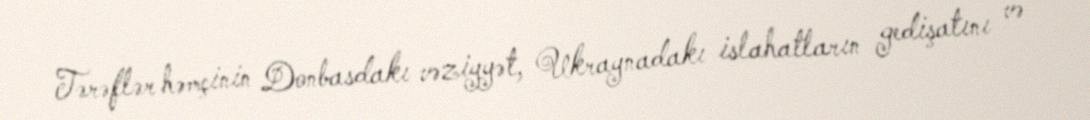
Tərəflər həmçinin Donbasdakı vəziyyət, Ukraynadakı islahatların gedişatını və